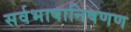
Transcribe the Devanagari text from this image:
सर्वभाषानिषणण